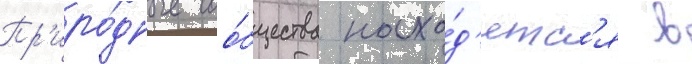
Пр'иро́дные соо́бщества нахо́д'ятс'я в